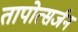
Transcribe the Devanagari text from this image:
तापोत्सर्जन